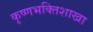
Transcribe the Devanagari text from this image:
कृष्णभक्तिशाखा